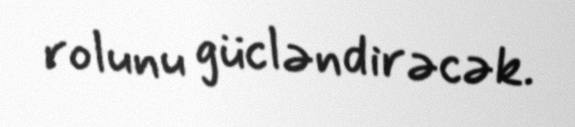
rolunu gücləndirəcək.